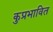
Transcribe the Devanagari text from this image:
कुप्रभावित